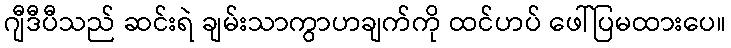
ဂျီဒီပီသည် ဆင်းရဲ ချမ်းသာကွာဟချက်ကို ထင်ဟပ် ဖေါ်ပြမထားပေ။